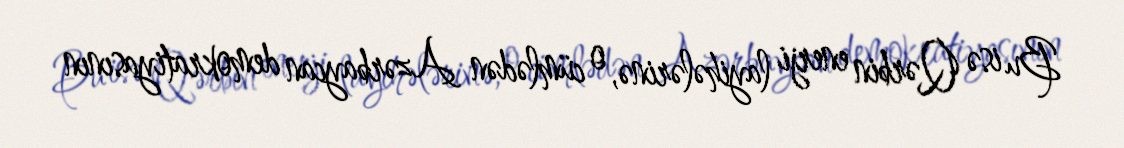
Bu isə Qərbin enerji layihələrinə, o cümlədən Azərbaycan demokratiyasının